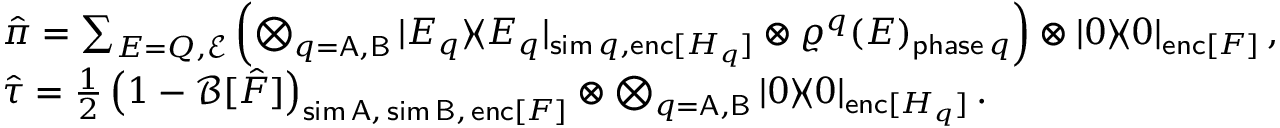
\begin{array} { r l } & { \hat { \pi } = \sum _ { E = Q , \mathcal { E } } \left( \bigotimes _ { q = \mathsf { A } , \mathsf { B } } | E _ { q } \rangle \! \langle E _ { q } | _ { \mathsf { s i m } \, q , \mathsf { e n c } [ H _ { q } ] } \otimes \varrho ^ { q } ( E ) _ { \mathsf { p h a s e } \, q } \right) \otimes | \boldsymbol { 0 } \rangle \! \langle \boldsymbol { 0 } | _ { \mathsf { e n c } [ F ] } \, , } \\ & { \hat { \tau } = \frac { 1 } { 2 } \left( 1 - \mathcal { B } [ \hat { F } ] \right) _ { \mathsf { s i m \, A , \, s i m \, B , \, e n c } [ F ] } \otimes \bigotimes _ { q = \mathsf { A } , \mathsf { B } } | \boldsymbol { 0 } \rangle \! \langle \boldsymbol { 0 } | _ { \mathsf { e n c } [ H _ { q } ] } \, . } \end{array}